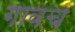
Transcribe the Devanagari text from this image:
गावच